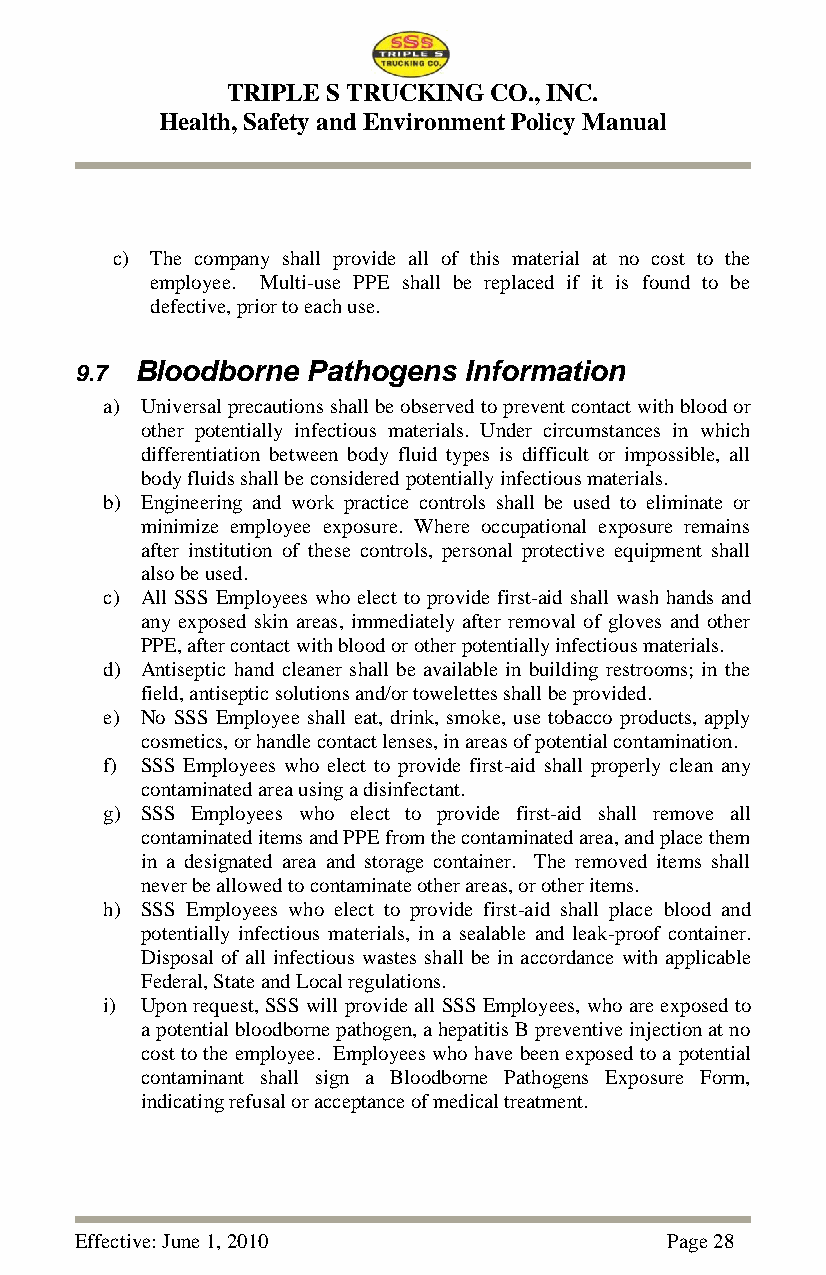
TRIPLE S TRUCKING CO., INC.
 Health, Safety and Environment Policy Manual
 c) The company shall provide all of this material at no cost to the
 employee. Multi-use PPE shall be replaced if it is found to be
 defective, prior to each use.
 9.7 Bloodborne Pathogens  Information
 a) Universal precautions shall be observed to prevent contact with blood or
 other potentially infectious materials. Under circumstances in which
 differentiation between body fluid types is difficult or impossible, all
 body fluids shall be considered potentially infectious materials.
 b) Engineering and work practice controls shall be used to eliminate or
 minimize employee exposure. Where occupational exposure remains
 after institution of these controls, personal protective equipment shall
 also be used.
 c) All SSS Employees who elect to provide first-aid shall wash hands and
 any exposed skin areas, immediately after removal of gloves and other
 PPE, after contact with blood or other potentially infectious materials.
 d) Antiseptic hand cleaner shall be available in building restrooms; in the
 field, antiseptic solutions and/or towelettes shall be provided.
 e) No SSS Employee shall eat, drink, smoke, use tobacco products, apply
 cosmetics, or handle contact lenses, in areas of potential contamination.
 f) SSS Employees who elect to provide first-aid shall properly clean any
 contaminated area using a disinfectant.
 g) SSS Employees who elect to provide first-aid shall remove all
 contaminated items and PPE from the contaminated area, and place them
 in a designated area and storage container. The removed items shall
 never be allowed to contaminate other areas, or other items.
 h) SSS Employees who elect to provide first-aid shall place blood and
 potentially infectious materials, in a sealable and leak-proof container.
 Disposal of all infectious wastes shall be in accordance with applicable
 Federal, State and Local regulations.
 i) Upon request, SSS will provide all SSS Employees, who are exposed to
 a potential bloodborne pathogen, a hepatitis B preventive injection at no
 cost to the employee. Employees who have been exposed to a potential
 contaminant shall sign a Bloodborne Pathogens Exposure Form,
 indicating refusal or acceptance of medical treatment.
 Effective: June 1, 2010                Page 28